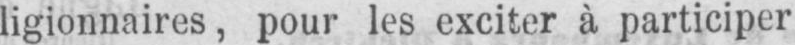
ligionnaires, pour les exciter à participer